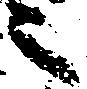
之